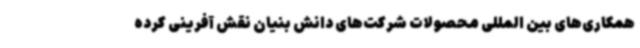
همکاری‌های بین المللی محصولات شرکت‌های دانش بنیان نقش آفرینی کرده